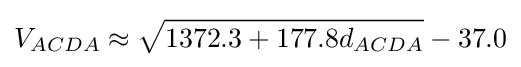
V_{ACDA}\approx {\sqrt {1372.3+177.8d_{ACDA}}}-37.0